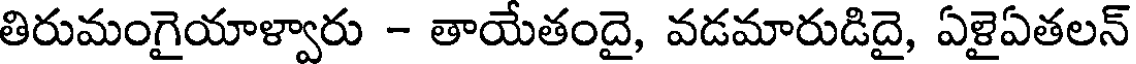
తిరుమంగైయాళ్వారు - తాయేతందై, వడమారుడిదై, ఏళైఏతలన్